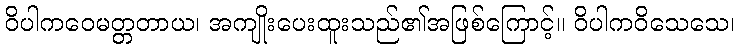
ဝိပါကဝေမတ္တတာယ၊ အကျိုးပေးထူးသည်၏အဖြစ်ကြောင့်။ ဝိပါကဝိသေသေ၊